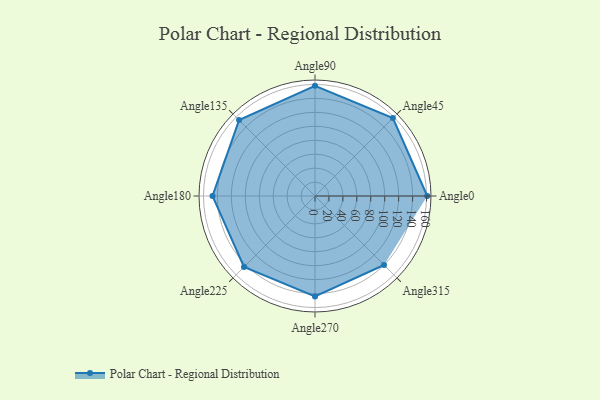
{"axis": {"x": "Angle", "y": "Radius"}, "legend": [""], "data": [{"x": "Angle0", "y": 161.0, "type": ""}, {"x": "Angle45", "y": 158.0, "type": ""}, {"x": "Angle90", "y": 158.0, "type": ""}, {"x": "Angle135", "y": 154.0, "type": ""}, {"x": "Angle180", "y": 147.0, "type": ""}, {"x": "Angle225", "y": 144.0, "type": ""}, {"x": "Angle270", "y": 144.0, "type": ""}, {"x": "Angle315", "y": 140.0, "type": ""}]}